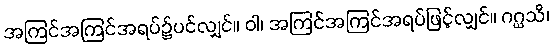
အကြင်အကြင်အရပ်၌ပင်လျှင်။ ဝါ၊ အကြင်အကြင်အရပ်ဖြင့်လျှင်။ ဂဂ္ဃသိ၊